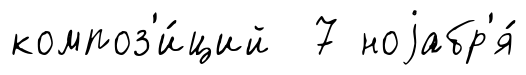
композ'и́ций 7 ноjабр'я́